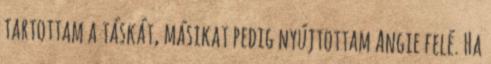
tartottam a táskát, másikat pedig nyújtottam Angie felé. Ha